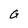
Character: G